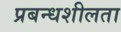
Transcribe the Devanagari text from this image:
प्रबन्धशीलता